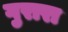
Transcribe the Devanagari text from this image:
गुरारा